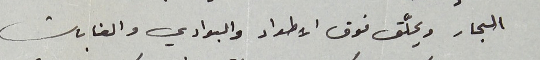
البحار ويحلّّق فوق الأطراد والبوادي والغابات